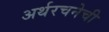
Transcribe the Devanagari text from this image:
अर्थरचनेची